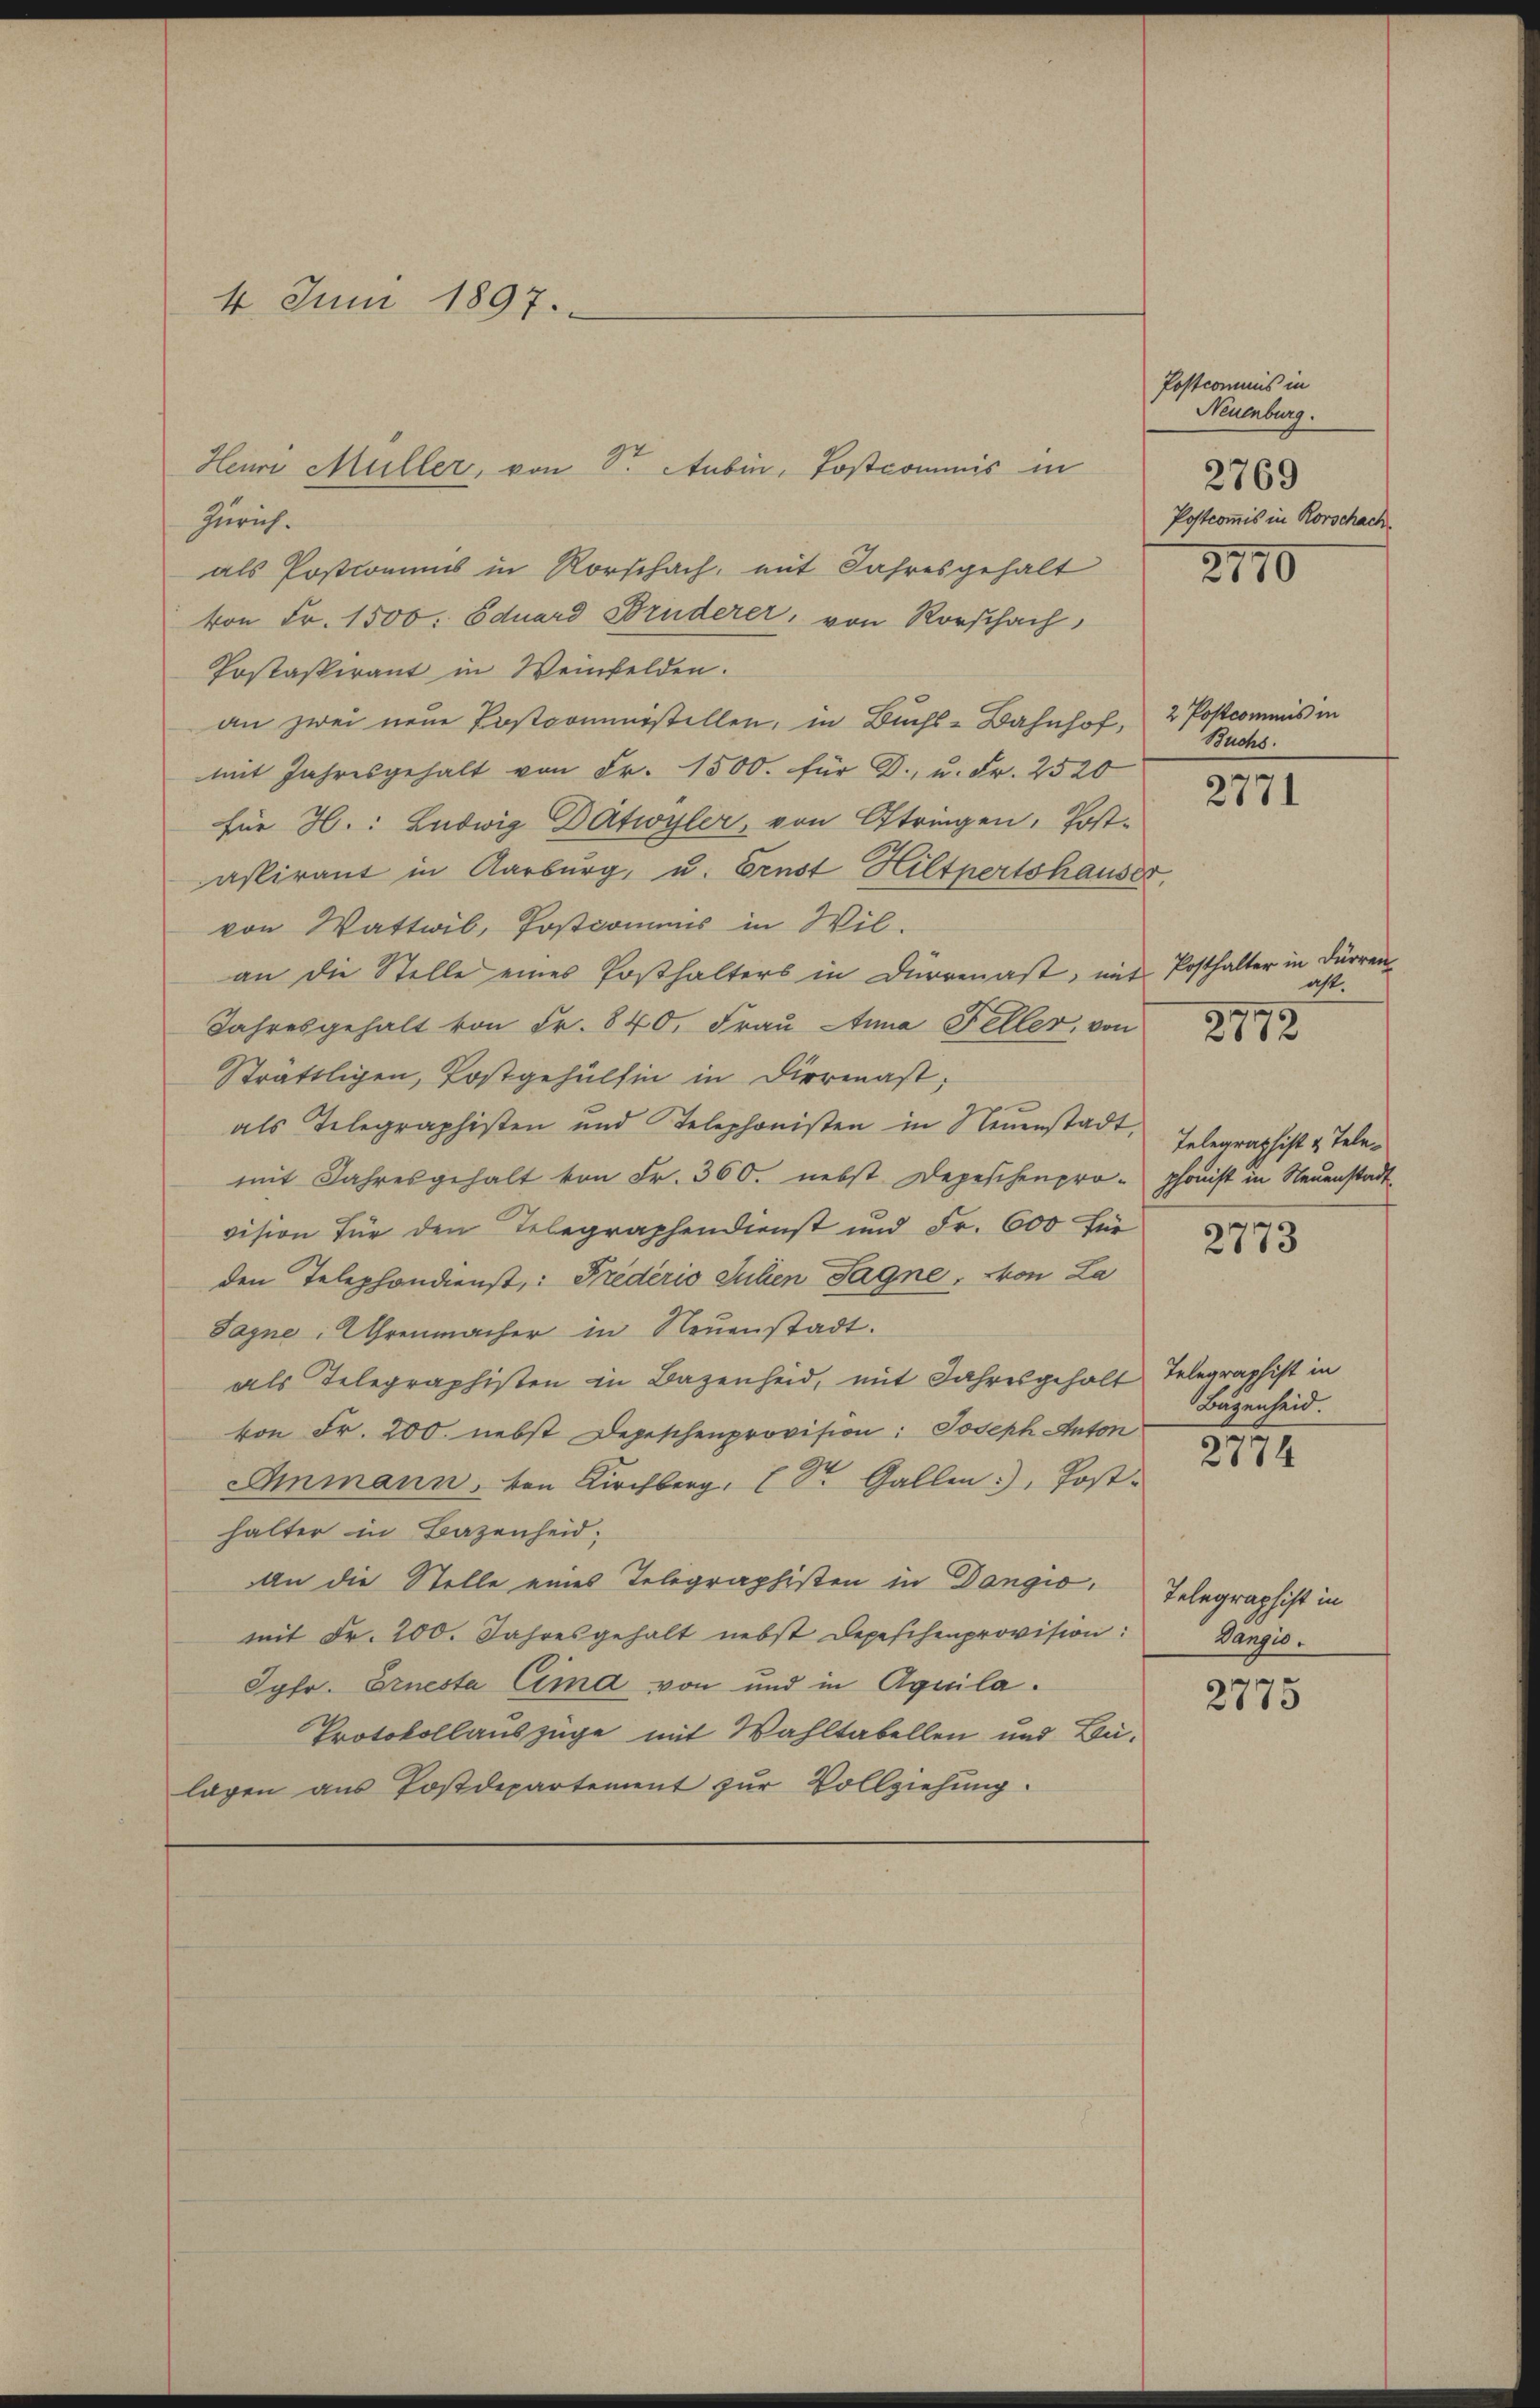
4. Juni 1897.

Heui Müller, von Sr. Aubin, Postcommis in
Zürich.
als Postrommnis in Rorschach, mit Jahresgehalt
von Fr. 1500. Eduard Bruderer, von Rorschach,
Postaspirant in Weinfelden.
an zwei neue Postcoministellen, in Buchs-Bahnhof, 2 Postcommis in
mit Jahresgehalt von Fr. 1500. für D., u. Fr. 2520
für H.: Ludwig Datwyler, von Oftringen, Postaspirant in Aarburg, u. Ernst Hiltpertshauser,
von Wattwib, Postcommis in Wil-
an die Stelle eines Posthalters in Dürrenast, mit Posthalter in Dürren
Jahresgehalt von Fr. 840, Frau tuna Feller, von
Sträfligen, Postgehülfen in Diermast,
als Telegraphisten und Telephonisten in Neuenstadt, Telegraphist u. Telemit Jahresgehalt von Fr. 360. nebst Depeschenpro- phonist in Neuenstadt
vision für den Telegraphendienst und Fr. 600 für
den Telephondienst,: Predério Suhen Tagne, von La
Sayne: Uhrenmacher in Neuenstadt.
als Telegraphisten in Bazenheid, mit Jahresgeholt Telegraphist in
von Fr. 200. nebst Depeschenprovision: Joseph Anton
Ammann, von Kirchberg, Sr. Gallen), Post.
halter in Bazenheid
An die Stelle eines Telegraphisten in Dangio. Telegraphist in
mit Fr. 200. Jahresgehalt nebst Depeschenprovision:
Jgfr. Ernesta Cima von und in Aquila¬
Protokollauszüge mit Wahltabellen und Belagen aus Postdepartement zur Vollziehung.

Postcommis in
Neuenburg.
2769
Postcommis in Rorschach

2170

Buchs.

2771

ast.
2772

2773

Bazenheid.

2774

Vangio.

2775